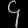
Digit: ၄